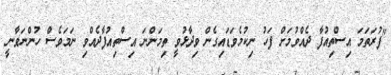
"ފުރަތަމަ އިސްތިއުފާ ދެއްވުމަށް ފަހު ނިކުމެވަޑައިގެން ވިދާޅުވީ ތިމަންނަ އިސްތިއުފާދެއްވި ނަމަވެސް ހުންނަވާނީ